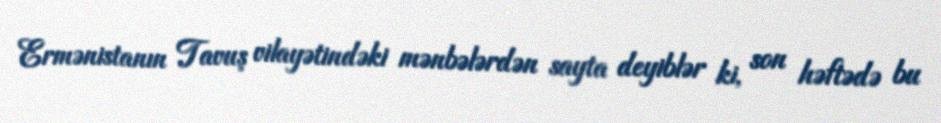
Ermənistanın Tavuş vilayətindəki mənbələrdən sayta deyiblər ki, son həftədə bu